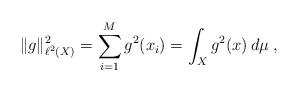
LaTeX: \begin{align*} \|g\|^2_{\ell^2(X)}=\sum_{i=1}^M{g^2(x_i)}=\int_X{g^2(x)\,d\mu}\;,\end{align*}